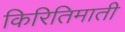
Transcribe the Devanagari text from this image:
किरितिमाती